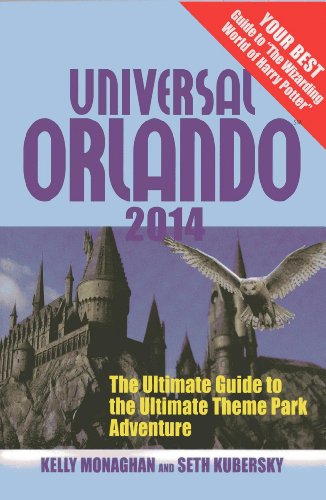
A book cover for Universal Orlando 2014: The Ultimate Guide to the Ultimate Theme Park Adventure; Kelly Monaghan; Travel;